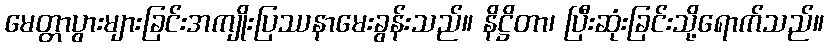
မေတ္တာပွားများခြင်းအကျိုးပြဿနာမေးခွန်းသည်။ နိဋ္ဌိတာ၊ ပြီးဆုံးခြင်းသို့ရောက်သည်။